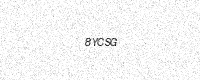
Text: 8YCSG